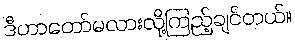
ဒီဟာတော်မလားလို့ကြည့်ချင်တယ်။